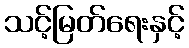
သင့်မြတ်ရေးနှင့်